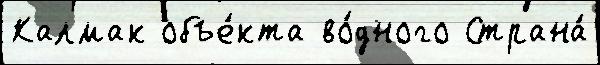
Калмак объе́кта во́дного Страна́